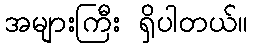
အများကြီး ရှိပါတယ်။